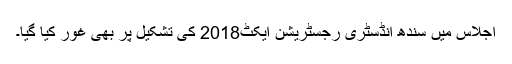
اجلاس میں سندھ انڈسٹری رجسٹریشن ایکٹ2018 کی تشکیل پر بھی غور کیا گیا۔